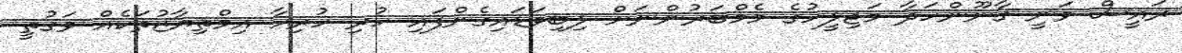
ރައީސް ވަނީ ގާނޫންހަދާ މަޖިލީހުގެ މެމްބަރުންނަށް ލިބިވަޑައިގެންފައި ހުރި ހުރިހާ އިމްތިޔާޒުތަކެއް ވަގުތީ